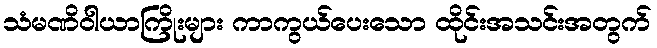
သံမဏိဝါယာကြိုးများ ကာကွယ်ပေးသော ထိုင်းအသင်းအတွက်